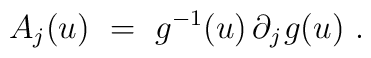
A_j(u)~=~g^{-1}(u) \, \partial_j \>\! g(u)~.